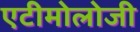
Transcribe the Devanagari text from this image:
एटीमोलोजी